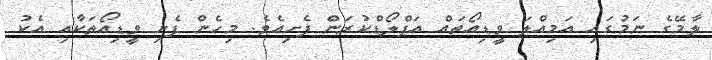
ލާމޭގެ ނަމުގައި އަމިއްލަ ވީޑިއޯތައް އަޕްލޯޑްކުރަން ފެށިއެވެ. މިހެން ފެށި ވީޑިއޯތަކާއި އެކު